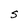
Character: S